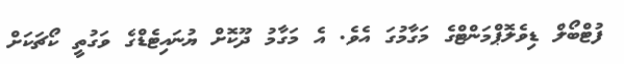
ފުޓްބޯލް ޑިވެލޮޕްމަންޓްގެ މަގާމުގަ އެވެ. އެ މަގާމު ދޫކޮށް ޔުނައިޓެޑްގެ ވަގުތީ ކޯޗަކަށް